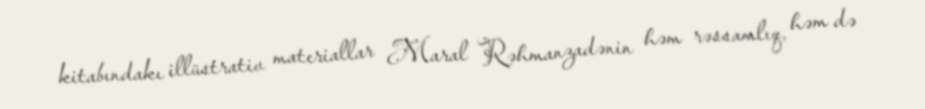
kitabındakı illüstrativ materiallar Maral Rəhmanzadənin həm rəssamlıq, həm də